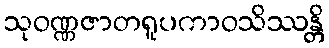
သုဝဏ္ဏဇာတရူပကာဝသိဿန္တိ